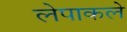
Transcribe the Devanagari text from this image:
लेपाकले